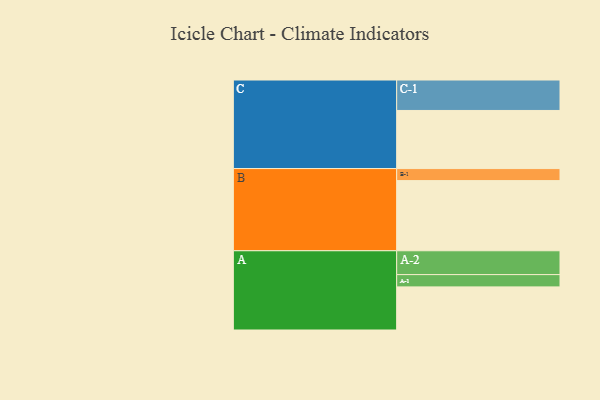
{"axis": {"x": "Segment", "y": "Value"}, "legend": ["", "A", "B", "C"], "data": [{"x": "A", "y": 351, "type": ""}, {"x": "B", "y": 571, "type": ""}, {"x": "C", "y": 473, "type": ""}, {"x": "A-1", "y": 100, "type": "A"}, {"x": "A-2", "y": 194, "type": "A"}, {"x": "B-1", "y": 98, "type": "B"}, {"x": "C-1", "y": 248, "type": "C"}]}